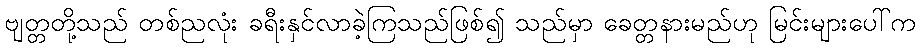
ဗျတ္တတို့သည် တစ်ညလုံး ခရီးနှင်လာခဲ့ကြသည်ဖြစ်၍ သည်မှာ ခေတ္တနားမည်ဟု မြင်းများပေါ်က